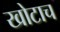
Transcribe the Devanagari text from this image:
खोटाच